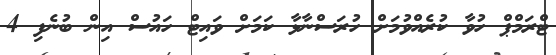
ޓްރަމްޕް ހުވާ ކުރެއްވުމަށް ހުރަސްނާޅާ ކަމަށް ވައިޓް ހައުސް އިން ބުނެފި 4